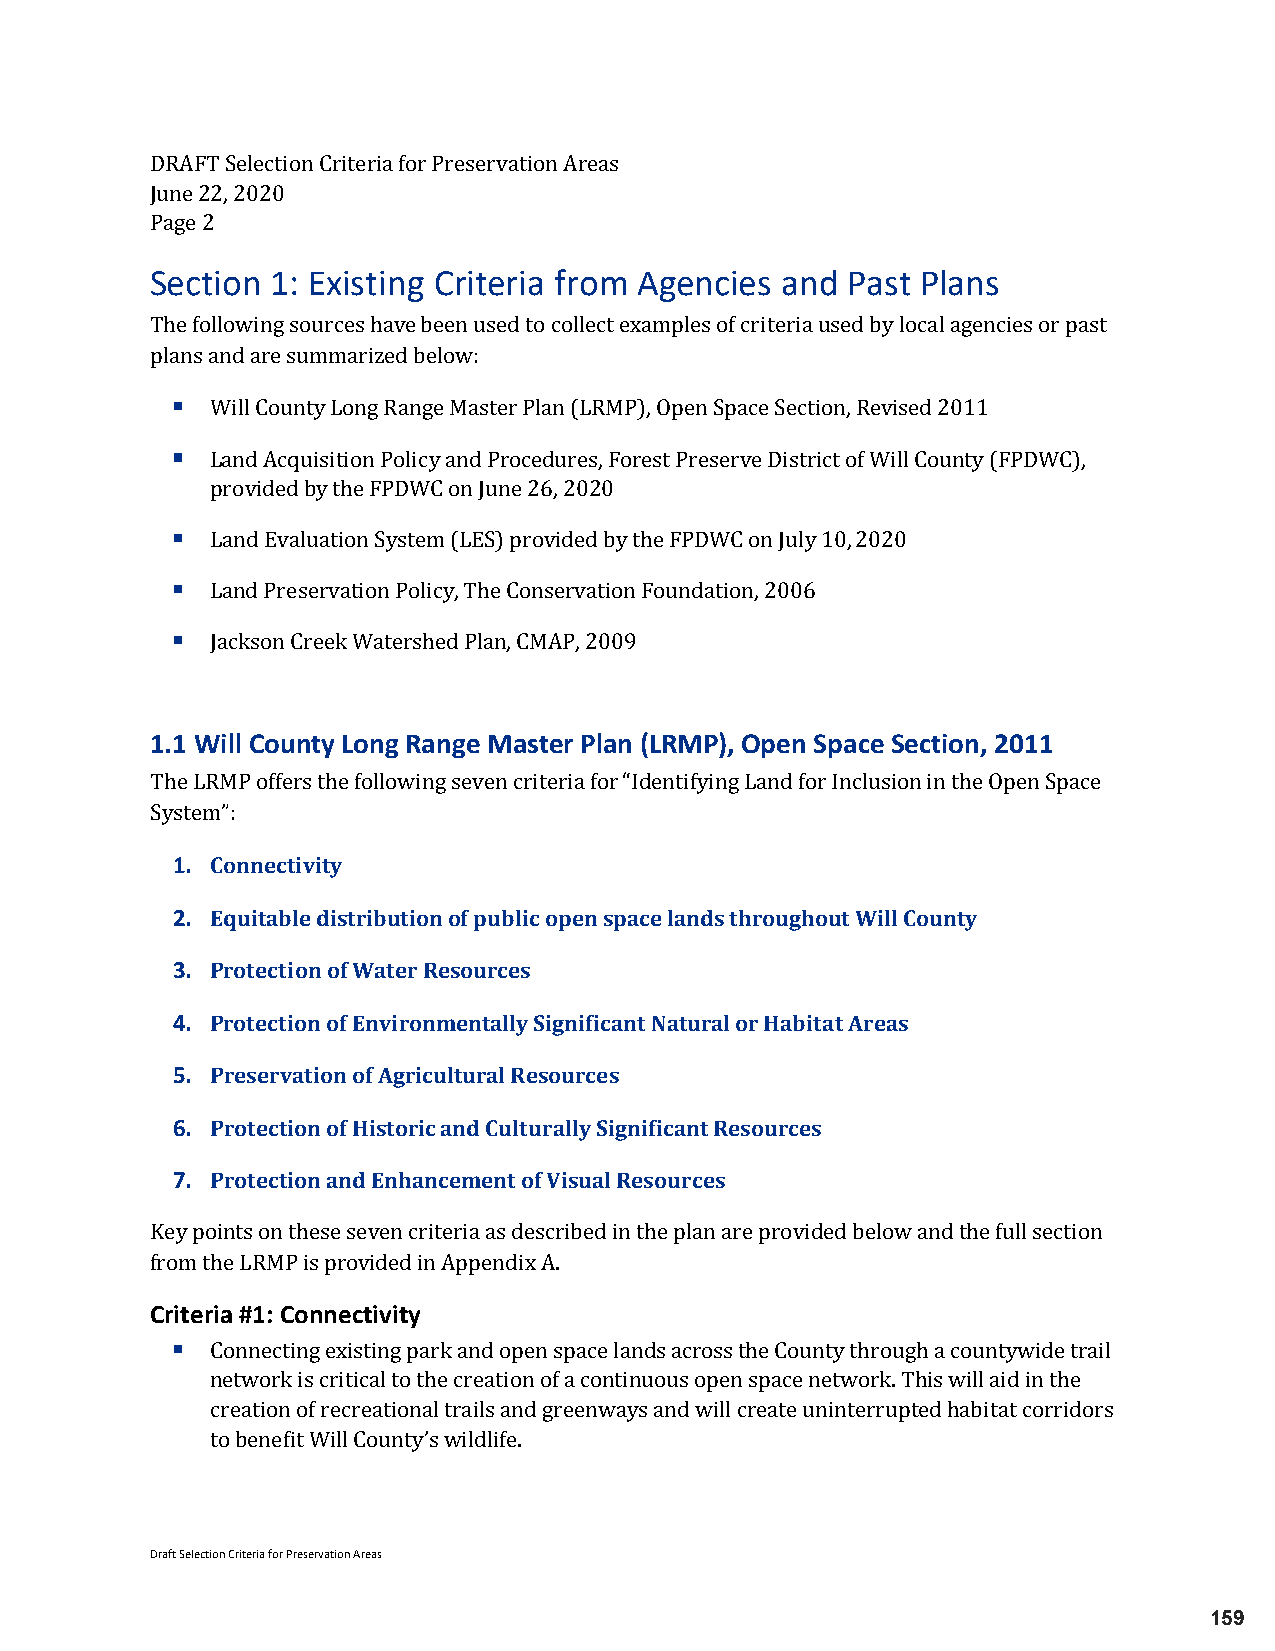
DRAFT Selection Criteria for Preservation Areas
 June 22, 2020
 PSaegec 2ti on 1: Existing Criteria from Agencies and Past Plans
 The following sources have been used to collect examples of criteria used by local agencies or past
 plan s and are summarized below:
   Will County Long Range Master Plan (LRMP), Open Space Section, Revised 2011
 Land Acquisition Policy and Procedures, Forest Preserve District of Will County (FPDWC),
   provided by the FPDWC on June 26, 2020
   Land Evaluation System (LES) provided by the FPDWC on July 10, 2020
   Land Preservation Policy, The Conservation Foundation, 2006
 Jackson Creek Watershed Plan, CMAP, 2009
 1.1 W ill County Long Range Master Plan (LRMP), Open Space Section, 2011
 The LRMP offers the following seven criteria for “Identifying Land for Inclusion in the Open Space
 Sy1st.e mC”o: nnectivity
 2. Equitable distribution of public open space lands throughout Will County
 3. Protection of Water Resources
 4. Protection of Environmentally Significant Natural or Habitat Areas
 5. Preservation of Agricultural Resources
 6. Protection of Historic and Culturally Significant Resources
 7. Protection and Enhancement of Visual Resources
 Key points on these seven criteria as described in the plan are provided below and the full section
 fCrroimte trhiae #LR1M: CPo isn npreocvtiidveitdy i n Appendix A.
 
 Connecting existing park and open space lands across the County through a countywide trail
 network is critical to the creation of a continuous open space network. This will aid in the
 creation of recreational trails and greenways and will create uninterrupted habitat corridors
 to benefit Will County’s wildlife.
 Draft Selection Criteria for Preservation Areas
 159